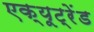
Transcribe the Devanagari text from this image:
एक्यूट्रेंड